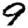
Digit: 9